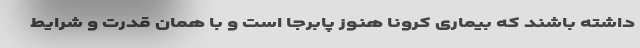
داشته باشند که بیماری کرونا هنوز پابرجا است و با همان قدرت و شرایط